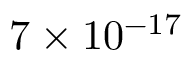
7 \times 1 0 ^ { - 1 7 }